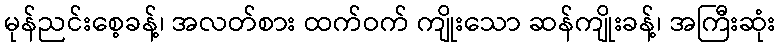
မုန်ညင်းစေ့ခန့်၊ အလတ်စား ထက်ဝက် ကျိုးသော ဆန်ကျိုးခန့်၊ အကြီးဆုံး